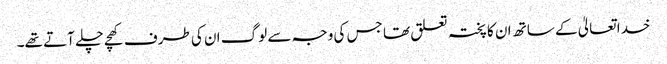
خدا تعالیٰ کے ساتھ ان کا پختہ تعلق تھا جس کی وجہ سے لوگ ان کی طرف کھچے چلے آتے تھے۔